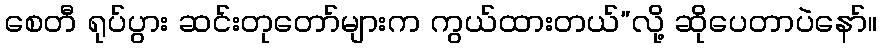
စေတီ ရုပ်ပွား ဆင်းတုတော်များက ကွယ်ထားတယ်”လို့ ဆိုပေတာပဲနော်။